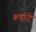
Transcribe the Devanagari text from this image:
रूपादे